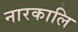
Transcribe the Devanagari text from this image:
नारकालि